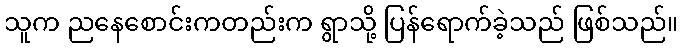
သူက ညနေစောင်းကတည်းက ရွာသို့ ပြန်ရောက်ခဲ့သည် ဖြစ်သည်။